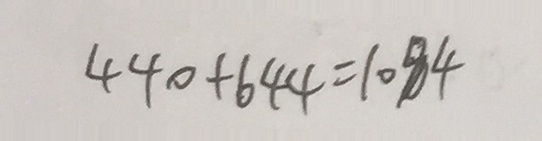
4 4 0 + 6 4 4 = 1 0 8 4